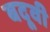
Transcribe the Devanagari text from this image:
बदूवी